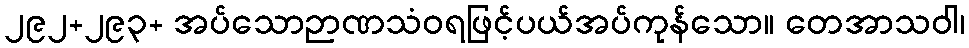
၂၉၂+၂၉၃+ အပ်သောဉာဏသံဝရဖြင့်ပယ်အပ်ကုန်သော။ တေအာသဝါ၊